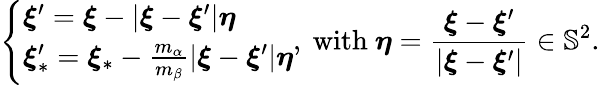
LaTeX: \left\{ \begin{array}{l}{\boldsymbol{\xi}^{\prime}=\boldsymbol{\xi}-\left\vert\boldsymbol{\xi}-\boldsymbol{\xi}^{\prime}\right\vert\boldsymbol{\eta}}\\ {\boldsymbol{\xi}_{\ast}^{\prime}=\boldsymbol{\xi}_{\ast}-\frac{m_{\alpha}}{m_{\beta}}\left\vert\boldsymbol{\xi}-\boldsymbol{\xi}^{\prime}\right\vert\boldsymbol{\eta}}\end{array}\right.\mathrm{,~with~}\boldsymbol{\eta}=\frac{\boldsymbol{\xi}-\boldsymbol{\xi}^{\prime}}{\left\vert\boldsymbol{\xi}-\boldsymbol{\xi}^{\prime}\right\vert}\in\mathbb{S}^{2}\mathrm{.}